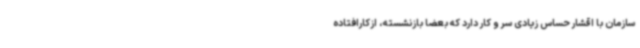
سازمان با اقشار حساس زیادی سر و کار دارد که بعضا بازنشسته، ازکارافتاده